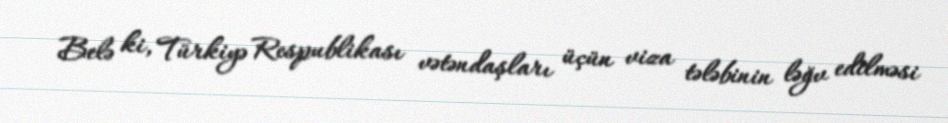
Belə ki, Türkiyə Respublikası vətəndaşları üçün viza tələbinin ləğv edilməsi